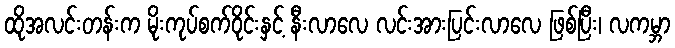
ထိုအလင်းတန်းက မိုးကုပ်စက်ဝိုင်းနှင့် နီးလာလေ လင်းအားပြင်းလာလေ ဖြစ်ပြီး၊ လကမ္ဘာ